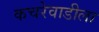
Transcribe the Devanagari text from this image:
कचरेवाडीला